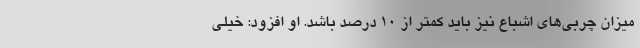
میزان چربی‌های اشباع نیز باید کمتر از 10 درصد باشد. او افزود: خیلی